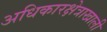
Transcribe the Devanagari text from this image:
अधिकारक्षेत्राखाली